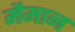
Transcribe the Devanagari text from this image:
मैमान